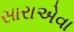
સારાએવા